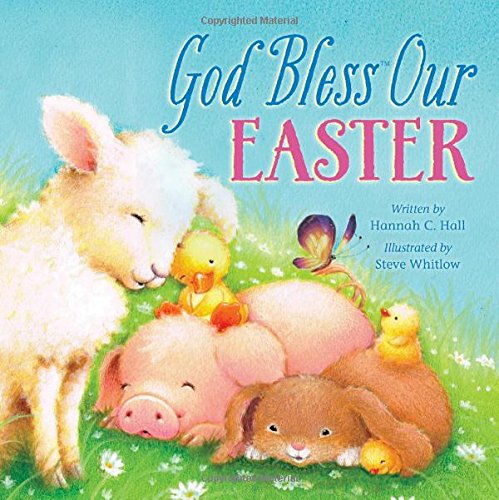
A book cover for God Bless Our Easter; Hannah Hall; Children's Books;